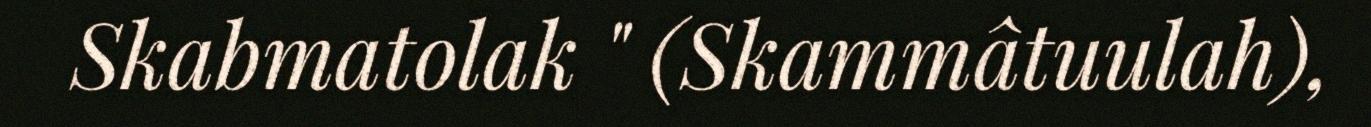
Skabmatolak " (Skammâtuulah),